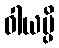
ဝါယမ္ပိ